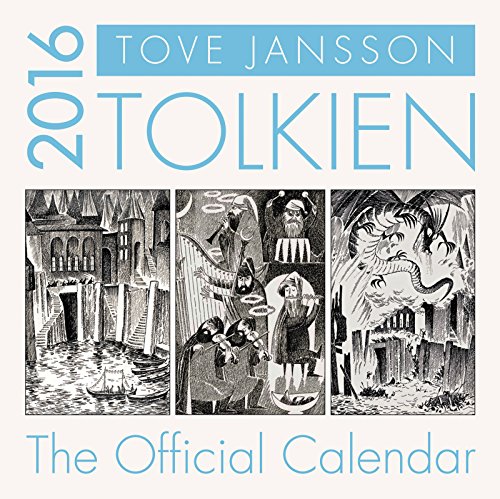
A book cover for Tolkien Calendar 2016; J. R. R. Tolkien; Calendars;